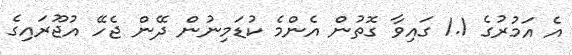
އެ އަމުރުގެ 1.1 ގައިވާ ގޮތުން އެންމެ ކުޑަމިނުން ދޭން ޖެހޭ އުޖޫރައިގެ